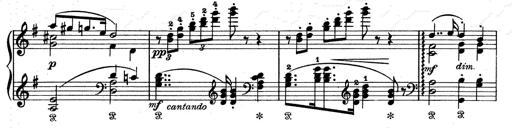
Title: Aus Lohengrin
Composer: Franz Liszt